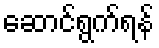
ဆောင်ရွက်ရန်